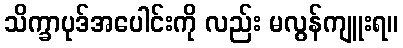
သိက္ခာပုဒ်အပေါင်းကို လည်း မလွန်ကျူးရ။